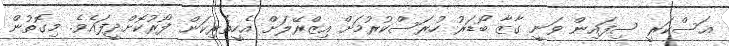
ޢަސްކަރީ ސިފައިން ވަނީ ގާޒާ ބޯޑަރު ހުރަސްކުރުމަށް އިޒްރޭލަށް އެހީތެރިކަން ފޯރުކޮށްދީފައެވެ. މިގޮތުން